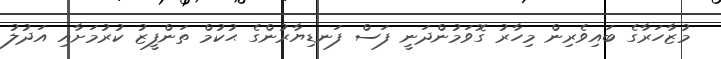
މުޒާހަރާގެ ބައިވެރިން މިހާރު ގޮވަމުންދަނީ ފަސް ފަނޑިޔާރުންގެ ޙުކުމް ތަންފީޒު ކުރުމަށާއި އަދުލު